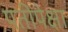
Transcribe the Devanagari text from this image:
पतीपेक्षा